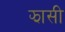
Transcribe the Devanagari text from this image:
झासी